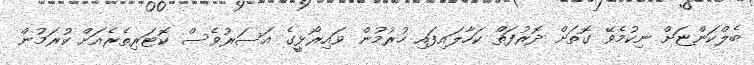
ބެލްކަންޏަށް ނިކުމެވޭ ގޮތަށް ދޮރުފަތް ކަހާލައިފައި ހުރުމުން ވައިރޯޅީގެ އަސަރުވެސް ކޮޓަރިތެރެއަށް ކުރަމުން